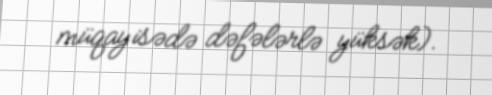
müqayisədə dəfələrlə yüksək).